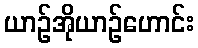
ယာဉ်အိုယာဉ်ဟောင်း